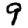
Digit: 9